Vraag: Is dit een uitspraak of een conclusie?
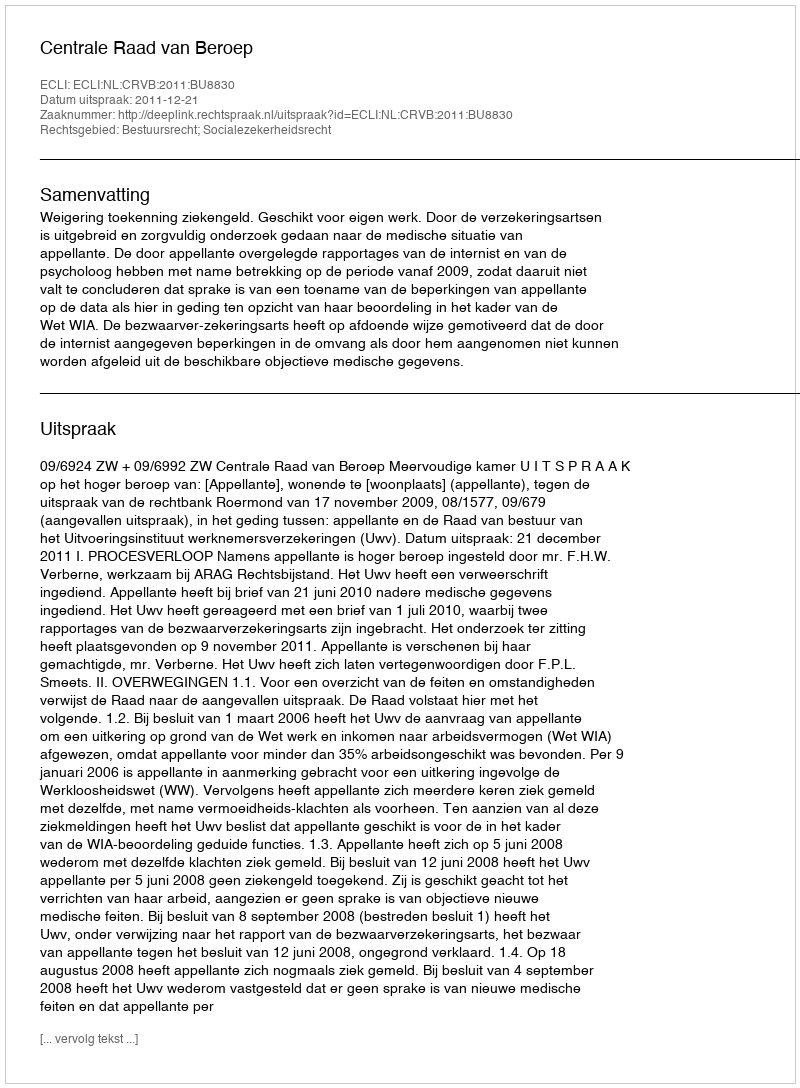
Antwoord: Uitspraak